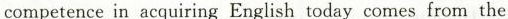
competence in acquiring English today comes from the